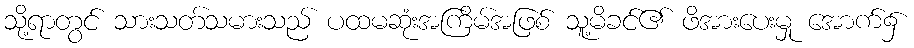
သို့ရာတွင် သားသတ်သမားသည် ပထမဆုံးအကြိမ်အဖြစ် သူ့မိခင်၏ ဖိအားပေးမှု အောက်၌